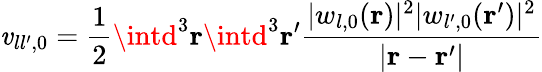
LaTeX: \mathit{v}_{ll^{\prime},0}=\frac{{1}}{{2}}\intd^{3}{\mathbf{r}}\intd^{3}{\mathbf{r}}^{\prime}\frac{{|w_{l,0}({\mathbf{r}})|^{2}|w_{l^{\prime},0}({\mathbf{r}}^{\prime})|^{2}}}{{|{\mathbf{r}}-{\mathbf{r}}^{\prime}|}}